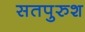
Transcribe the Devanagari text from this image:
सतपुरुश